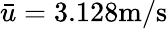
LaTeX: \bar{u}=3.128\textrm{m/s}